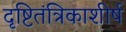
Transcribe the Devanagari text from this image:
दृष्टितंत्रिकाशीर्ष